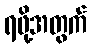
ရဖို့အတွက်